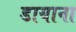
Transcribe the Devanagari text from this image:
डायाना